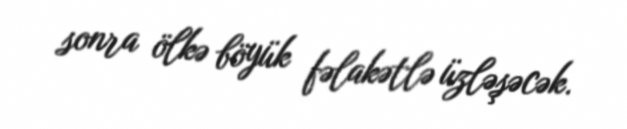
sonra ölkə böyük fəlakətlə üzləşəcək.